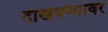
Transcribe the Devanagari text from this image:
दाखवण्यावर